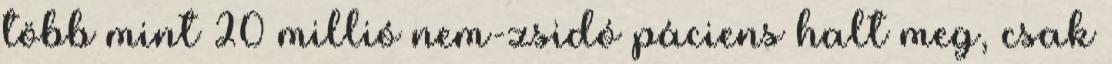
több mint 20 millió nem-zsidó páciens halt meg, csak